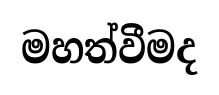
මහත්වීමද